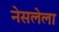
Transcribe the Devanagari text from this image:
नेसलेला